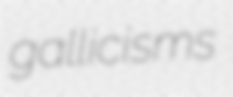
gallicisms